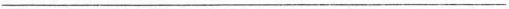
___